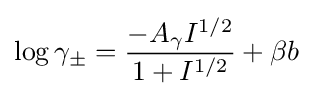
\log \gamma _{\pm }={\frac {-A_{\gamma }I^{1/2}}{1+I^{1/2}}}+\beta b